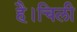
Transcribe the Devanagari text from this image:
है।चिली